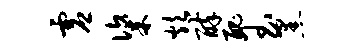
虚粢炊醉丑玉黑